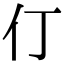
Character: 仃